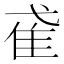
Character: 𨾍